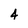
Character: 4